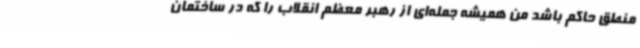
منطق حاکم باشد من همیشه جمله‌ای از رهبر معظم انقلاب را که در ساختمان